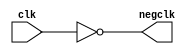
`timescale 1ns / 1ps
//////////////////////////////////////////////////////////////////////////////////
// Company: 
// Engineer: 
// 
// Design Name: 
// Module Name:    test2 
// Project Name: 
// Target Devices: 
// Tool versions: 
// Description: 
//
// Dependencies: 
//
// Revision: 
// Revision 0.01 - File Created
// Additional Comments: 
//
//////////////////////////////////////////////////////////////////////////////////
module test2(
    input clk,
    output negclk
    );
	
	assign negclk = ~clk;

endmodule